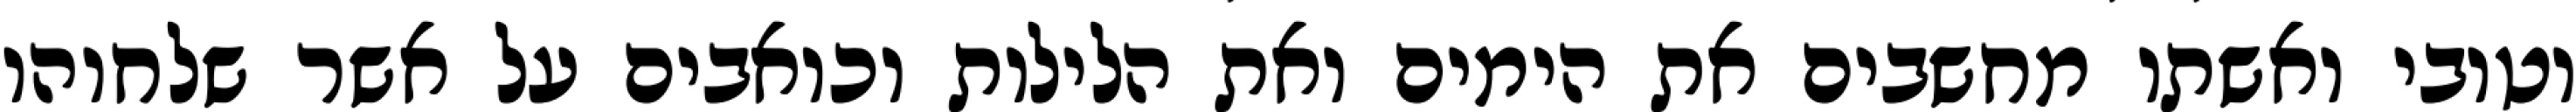
וטובי ואשתו מחשבים את הימים ואת הלילות וכואבים על אשר שלחוהו